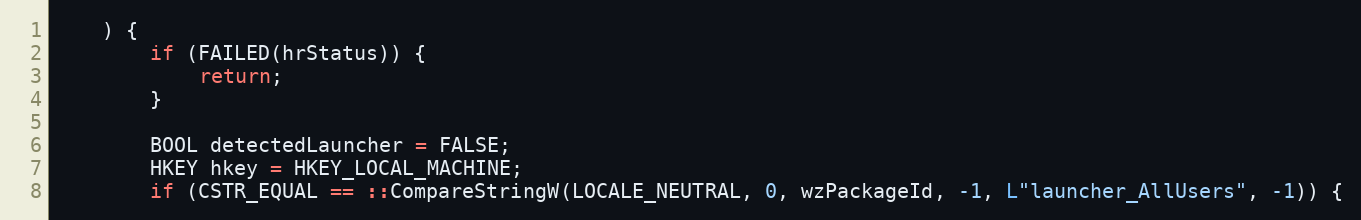
Language: C++
    ) {
        if (FAILED(hrStatus)) {
            return;
        }

        BOOL detectedLauncher = FALSE;
        HKEY hkey = HKEY_LOCAL_MACHINE;
        if (CSTR_EQUAL == ::CompareStringW(LOCALE_NEUTRAL, 0, wzPackageId, -1, L"launcher_AllUsers", -1)) {